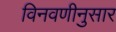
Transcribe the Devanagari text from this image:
विनवणीनुसार